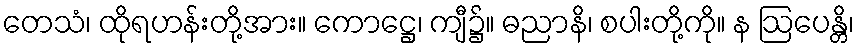
တေသံ၊ ထိုရဟန်းတို့အား။ ကောဋ္ဌေ၊ ကျီ၌။ ဓညာနိ၊ စပါးတို့ကို။ န ဩပေန္တိ၊